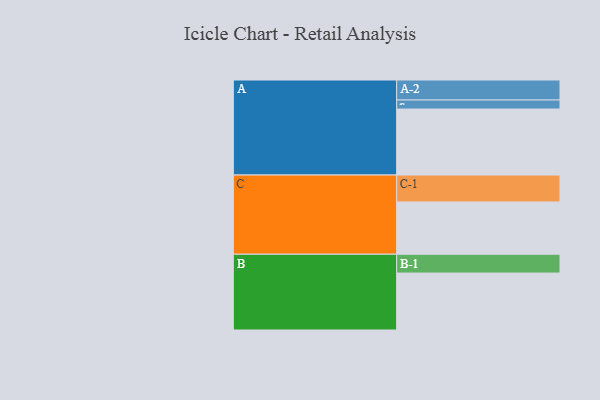
{"axis": {"x": "Segment", "y": "Value"}, "legend": ["", "A", "B", "C"], "data": [{"x": "A", "y": 554, "type": ""}, {"x": "B", "y": 478, "type": ""}, {"x": "C", "y": 439, "type": ""}, {"x": "A-1", "y": 76, "type": "A"}, {"x": "A-2", "y": 168, "type": "A"}, {"x": "B-1", "y": 158, "type": "B"}, {"x": "C-1", "y": 226, "type": "C"}]}